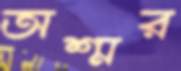
অশ্মর